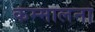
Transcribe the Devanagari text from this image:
कम्मालना